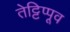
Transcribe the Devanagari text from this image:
तेट्टिप्पूव